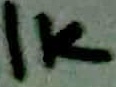
Text: 1K